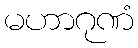
မဟာဂုဏံ